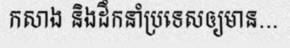
កសាង និងដឹកនាំប្រទេសឲ្យមាន...